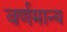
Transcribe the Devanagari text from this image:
वर्णमान्य